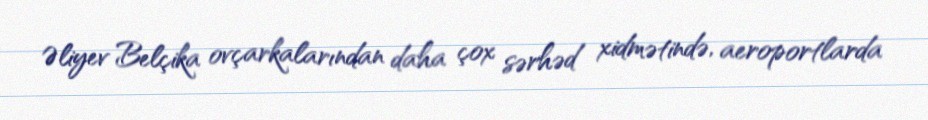
Əliyev Belçika ovçarkalarından daha çox sərhəd xidmətində, aeroportlarda